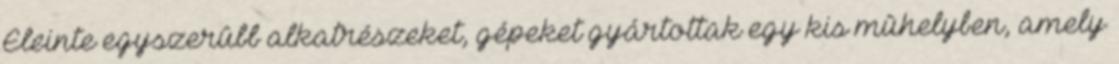
Eleinte egyszerûbb alkatrészeket, gépeket gyártottak egy kis mûhelyben, amely